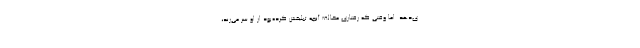
ی‌دهد. اما وقتی که رفتاری مخالف آنچه تبلیغش کرده‌بود از او سر می‌زند،